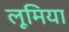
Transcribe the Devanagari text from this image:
लूमिया